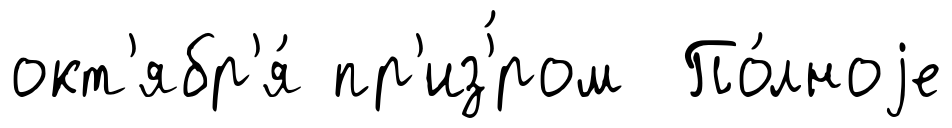
окт'ябр'я́ пр'из'́ром По́лноjе